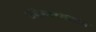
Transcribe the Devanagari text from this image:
संदेशवहनातील